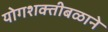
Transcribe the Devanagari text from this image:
योगशक्तीबळाने